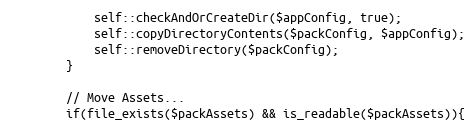
Language: PHP
            self::checkAndOrCreateDir($appConfig, true);
            self::copyDirectoryContents($packConfig, $appConfig);
            self::removeDirectory($packConfig);
        }

        // Move Assets...
        if(file_exists($packAssets) && is_readable($packAssets)){